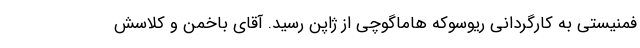
فمنیستی به کارگردانی ریوسوکه هاماگوچی از ژاپن رسید. آقای باخمن و کلاسش